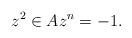
LaTeX: \begin{align*}z^2\in A z^n=-1.\end{align*}